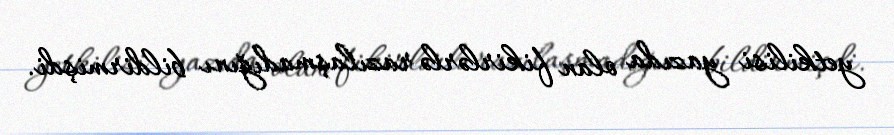
yetkilisi yazıda olan fikirlərlə razılaşmadığını bildirmişdi.